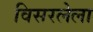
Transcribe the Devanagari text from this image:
विसरलेला